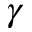
\gamma